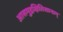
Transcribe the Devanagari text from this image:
आसमुद्रक्षितिसानाम्